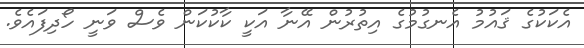
އެކަކުގެ ޤައުމު އެނގުމުގެ އިތުރުން އޭނާ އަކީ ކާކުކަން ވެސް ވަނީ ހޯދިފައެވެ.